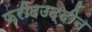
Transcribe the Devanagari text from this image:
फ़रीदउद्दीन